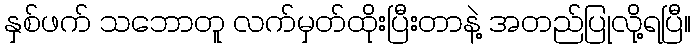
နှစ်ဖက် သဘောတူ လက်မှတ်ထိုးပြီးတာနဲ့ အတည်ပြုလို့ရပြီ။